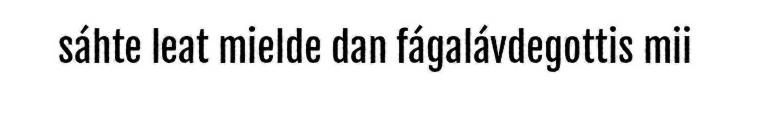
sáhte leat mielde dan fágalávdegottis mii